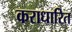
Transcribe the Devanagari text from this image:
कराधारित